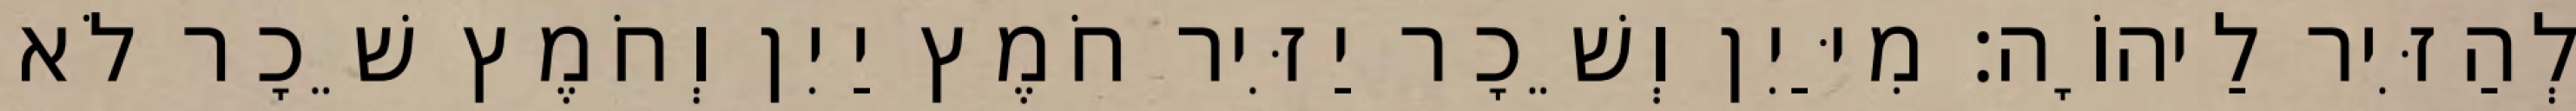
לְהַזִּיר לַיהוָֹה׃ מִיַּיִן וְשֵׁכָר יַזִּיר חֹמֶץ יַיִן וְחֹמֶץ שֵׁכָר לֹא